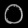
Digit: ၀